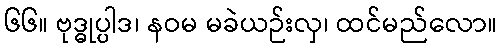
၆၆။ ဗုဒ္ဓုပ္ပါဒ၊ နဝမ မခဲယဉ်းလှ၊ ထင်မည်လော။